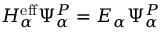
H _ { \alpha } ^ { \mathrm { e f f } } \Psi _ { \alpha } ^ { P } = E _ { \alpha } \Psi _ { \alpha } ^ { P }